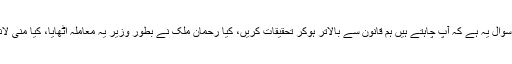
جسٹس آصف سعید کھوسہ نے استفسار کیا کہ سوال یہ ہے کہ آپ چاہتے ہیں ہم قانون سے بالاتر ہوکر تحقیقات کریں، کیا رحمان ملک نے بطور وزیر یہ معاملہ اٹھایا، کیا منی لانڈرنگ پر ہونے والی تحقیقات انجام کو پہنچیں۔